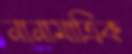
নানামাত্রিক